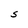
Character: S